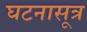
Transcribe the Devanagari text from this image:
घटनासूत्र